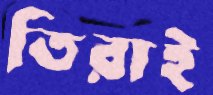
তিরাই